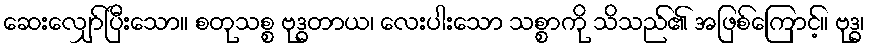
ဆေးလျှော်ပြီးသော။ စတုသစ္စ ဗုဒ္ဓတာယ၊ လေးပါးသော သစ္စာကို သိသည်၏ အဖြစ်ကြောင့်။ ဗုဒ္ဓ၊